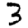
Digit: 3